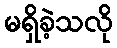
မရှိခဲ့သလို